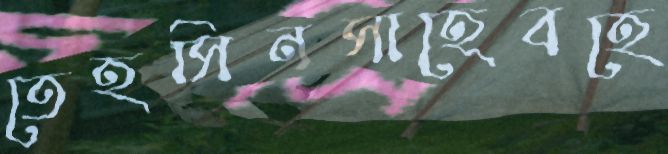
তেহসিনসাহেবহে